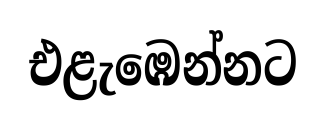
එළැඹෙන්නට